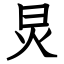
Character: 炅